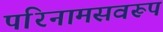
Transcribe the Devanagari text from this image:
परिनामसवरूप